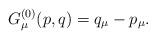
LaTeX: \begin{align*}G_\mu^{(0)}(p,q) = q_\mu - p_\mu .\end{align*}